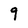
Character: 9